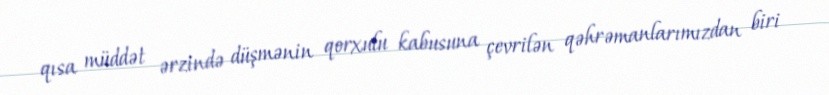
qısa müddət ərzində düşmənin qorxulu kabusuna çevrilən qəhrəmanlarımızdan biri